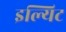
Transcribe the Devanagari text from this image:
इल्यिट